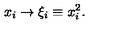
x _ { i } \rightarrow \xi _ { i } \equiv x _ { i } ^ { 2 } .